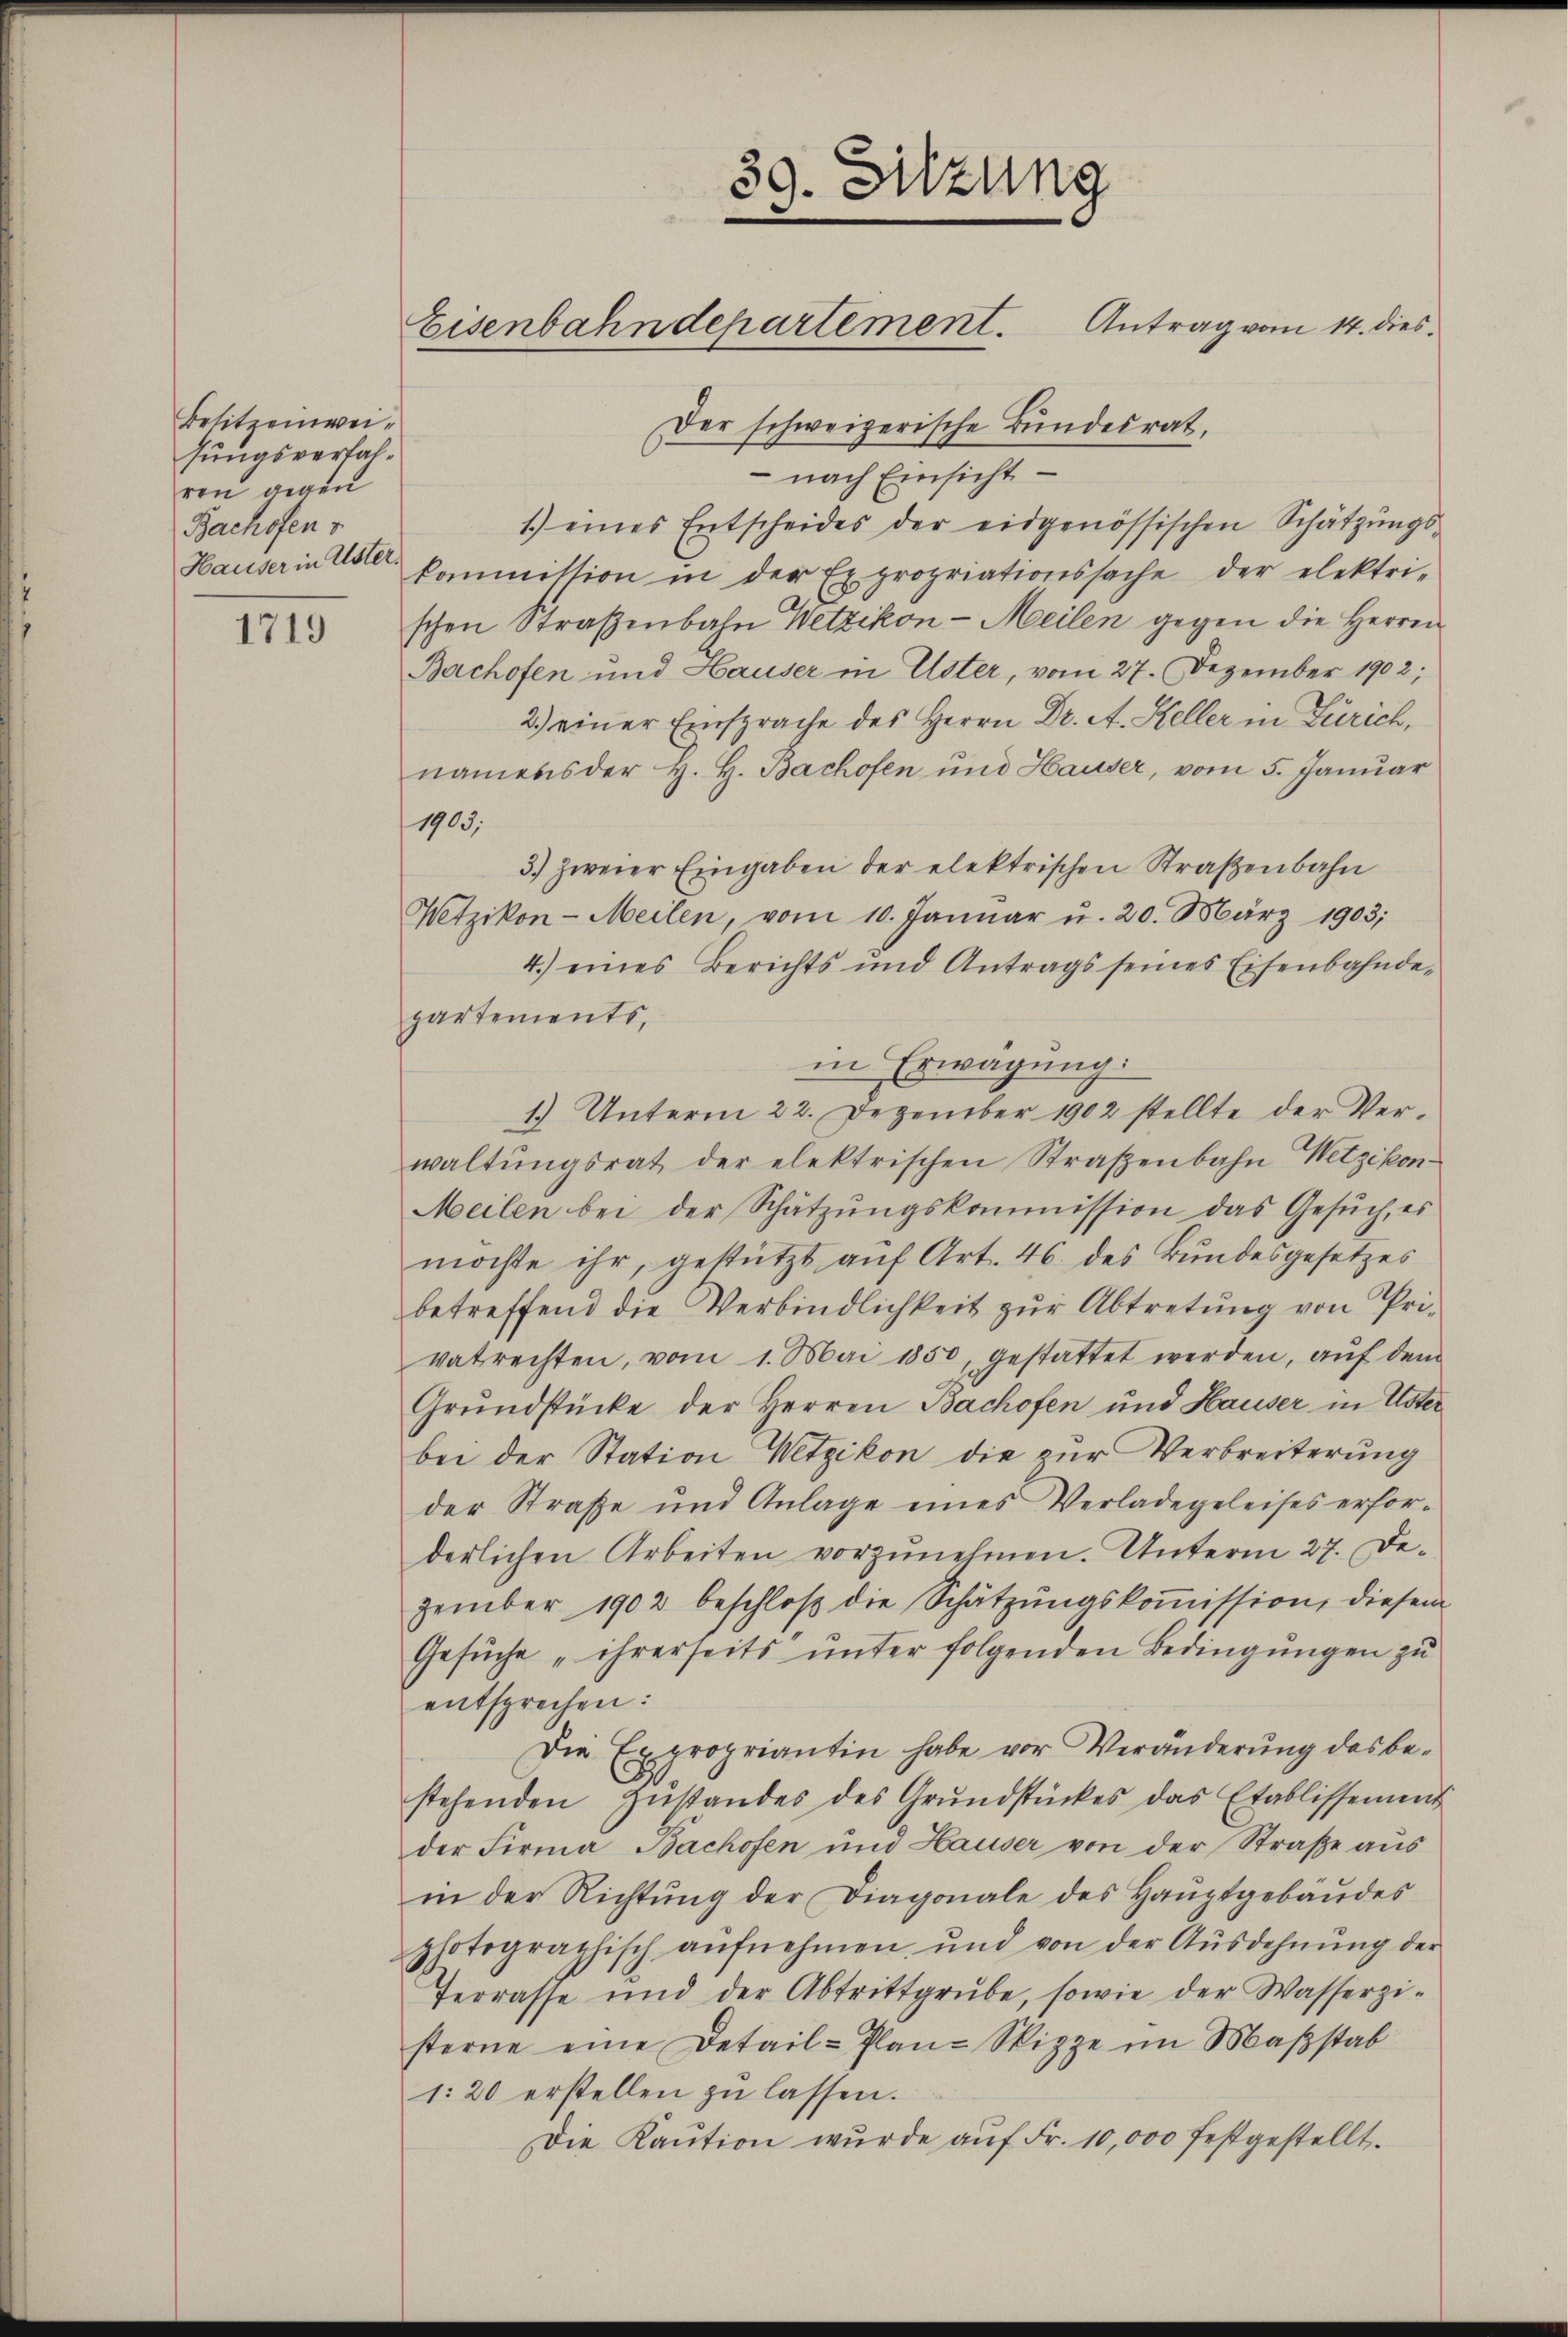
Besitzeinweihungsverfalren gegen
Bachofen v
Hauser in Uster.

1719

39. Sitzung
Eisenbahndepartement. Antrag vom 14. dies
Der schweizerische Bundesrat,

nach Einsicht
1.) eines Entscheides der eidgenössischen Schätzŭngs-
kommission in der Expropriationssache der elektri-
schen Straßenbahn Wetzikon-Meilen gegen die Herren
Bachofen und Hauser in Uster, vom 27. Dezember 1902;
2.) einer Einsprache des Herrn Dr. A. Heller in Zürich,
namens der H. H. Bachofen und Hauser, vom 5. Januar
1903.
3.) zweier Eingaben der elektrischen Straßenbahn
Wetzikon-Meilen, vom 10. Januar u. 20. März 1903;
4.) eines Berichts und Antrags seines Eisenbahnde-
partements,
in Erwägung.
1.) Unterm 22. Dezember 1902 stellte der Verwaltŭngsrat der elektrischen Straβenbahn Wetzikon-
Meilen bei der Schatzŭngskommission das Gesŭch, es
möchte ihr, gestützt auf Art. 46. des Bundesgesetzes
betreffend die Verbindlichkeit zur Abtretung von Privatrechten, vom 1. Mai 1850, gestattet werden, aŭf dem
Grundstücke der Herren Bachofen und Hauser in Uster
bei der Station Wetzikon die zur Verbreiterung
der Straße und Anlage eines Verladegeleises erfor-
derlichen Arbeiten vorzunehmen. Unterm 27. Dezember 1902 beschloß die Schätzungskoṁission, diesem
Gesuche „ihrerseits unter folgenden Bedingungen zu
entsprechen:
Die Expropriantin habe vor Veränderŭng des be-
stehenden Zŭstandes des Grŭndstückes das Etablissenmit
der Firma Bachofen und Hauser von der Straße aus
in der Richtung der Diagonale des Hauptgebäudes
photographisch aufnehmen und von der Aŭsdehnŭng der
Terrasse und der Abtrittgrŭbe, sowie der Wasserzi-
sterne eine Detail-Plan-Sippe im Maßstab
1:20 erstellen zu lassen.
Die Kaŭtion wurde aŭf Fr. 10,000 festgestellt.